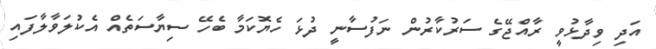
އަދި ވިދާޅުވީ ރާއްޖޭގެ ސަރުކާރުން ނަފުސާނީ ދުޅަ ހެޔޮކަމާ ބެހޭ ސިޔާސަތެއް އެކުލަވާލާފައި